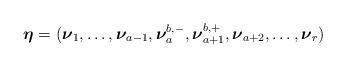
LaTeX: \begin{align*}\boldsymbol{\eta}=(\boldsymbol{\nu}_{1}, \ldots , \boldsymbol{\nu}_{a-1}, \boldsymbol{\nu}_{a}^{b, -}, \boldsymbol{\nu}_{a+1}^{b, +}, \boldsymbol{\nu}_{a+2}, \ldots , \boldsymbol{\nu}_{r}) \end{align*}